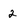
Character: 2